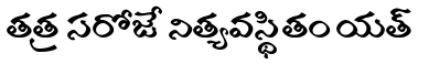
తత్ర సరోజే నిత్యవస్థితం యత్